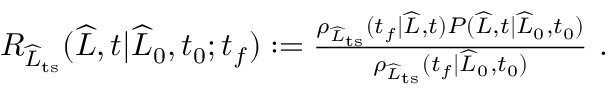
\begin{array} { r } { R _ { \widehat { L } _ { \mathrm { t s } } } ( \widehat { L } , t | \widehat { L } _ { 0 } , t _ { 0 } ; t _ { f } ) : = \frac { \rho _ { \widehat { L } _ { \mathrm { t s } } } ( t _ { f } | \widehat { L } , t ) P ( \widehat { L } , t | \widehat { L } _ { 0 } , t _ { 0 } ) } { \rho _ { \widehat { L } _ { \mathrm { t s } } } ( t _ { f } | \widehat { L } _ { 0 } , t _ { 0 } ) } \ . } \end{array}